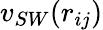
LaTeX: v_{SW}(r_{ij})